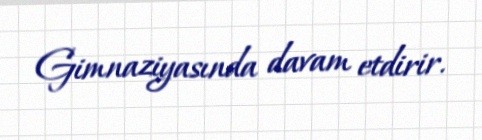
Gimnaziyasında davam etdirir.